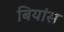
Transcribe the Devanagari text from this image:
बियांस